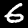
Label: 6